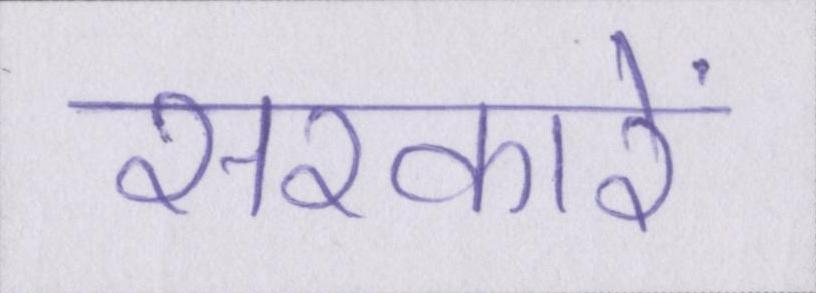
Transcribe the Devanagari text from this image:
सरकारें